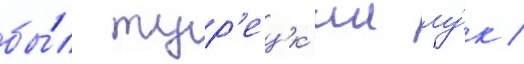
бы́л тур'ецк'ии лу́к /